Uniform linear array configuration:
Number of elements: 8
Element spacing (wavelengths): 0.25
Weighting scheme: kaiser
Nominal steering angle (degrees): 15
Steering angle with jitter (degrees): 14.017
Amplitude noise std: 0.05
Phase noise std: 0.05

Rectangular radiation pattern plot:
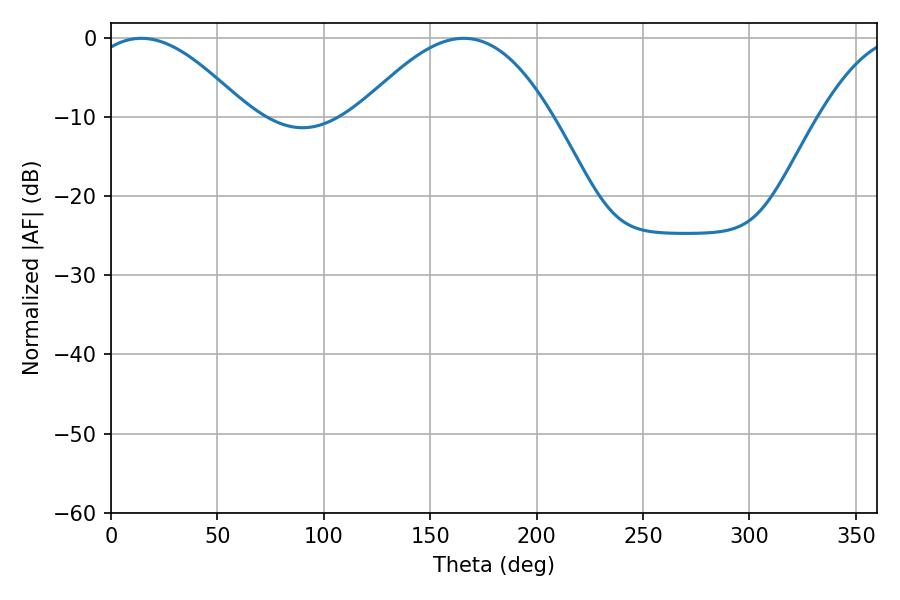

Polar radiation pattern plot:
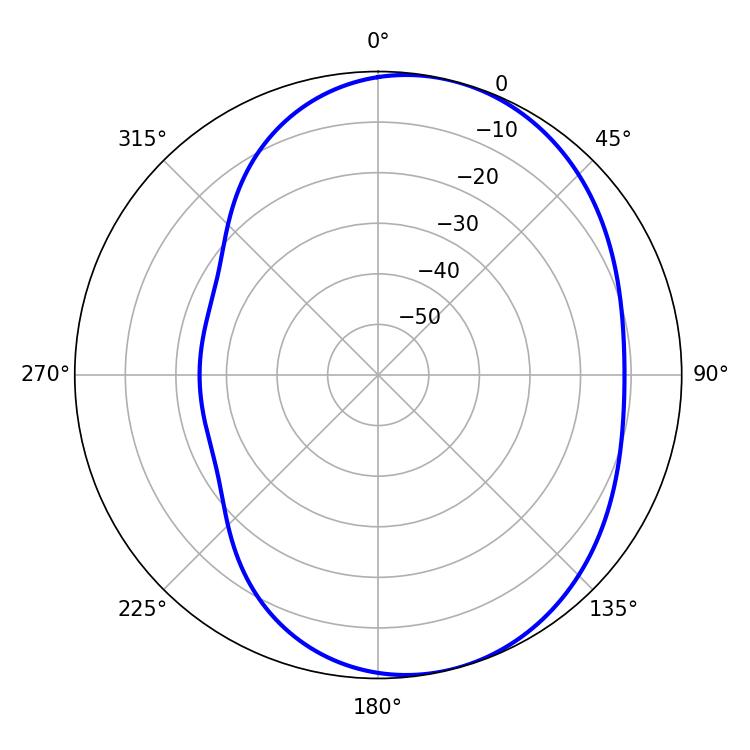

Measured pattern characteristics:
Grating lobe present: FALSE
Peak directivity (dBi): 5.563
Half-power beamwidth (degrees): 49.32
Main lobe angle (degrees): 165.78